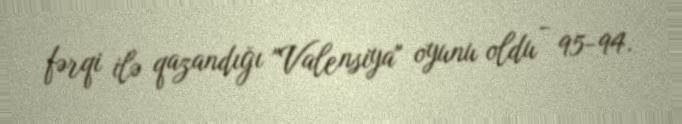
fərqi ilə qazandığı "Valensiya" oyunu oldu - 95-94.